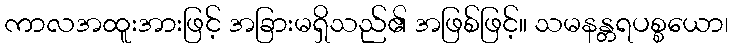
ကာလအထူးအားဖြင့် အခြားမရှိသည်၏ အဖြစ်ဖြင့်။ သမနန္တရပစ္စယော၊